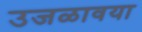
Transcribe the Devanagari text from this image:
उजळावया